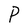
Character: P